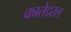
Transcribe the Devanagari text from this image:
कातेदरल